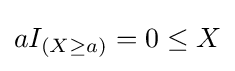
aI_{(X\geq a)}=0\leq X